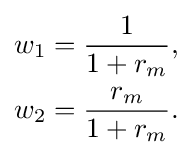
{\begin{aligned}w_{1}&={\frac {1}{1+r_{m}}},\\w_{2}&={\frac {r_{m}}{1+r_{m}}}.\end{aligned}}